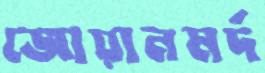
জোয়ানমর্দ